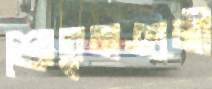
শ্রোতৃমণ্ডলী